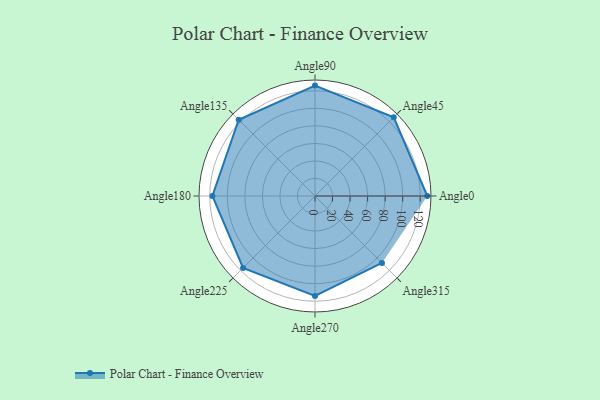
{"axis": {"x": "Angle", "y": "Radius"}, "legend": [""], "data": [{"x": "Angle0", "y": 128.0, "type": ""}, {"x": "Angle45", "y": 127.0, "type": ""}, {"x": "Angle90", "y": 126.0, "type": ""}, {"x": "Angle135", "y": 123.0, "type": ""}, {"x": "Angle180", "y": 117.0, "type": ""}, {"x": "Angle225", "y": 116.0, "type": ""}, {"x": "Angle270", "y": 114.0, "type": ""}, {"x": "Angle315", "y": 108.0, "type": ""}]}